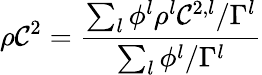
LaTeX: \rho\mathcal{C}^{2}=\frac{{\sum_{l}\phi^{l}\rho^{l}\mathcal{C}^{2,l}/\Gamma^{l}}}{{\sum_{l}\phi^{l}/\Gamma^{l}}}